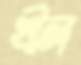
খীল